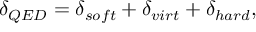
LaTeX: \delta _ { Q E D } = \delta _ { s o f t } + \delta _ { v i r t } + \delta _ { h a r d } ,